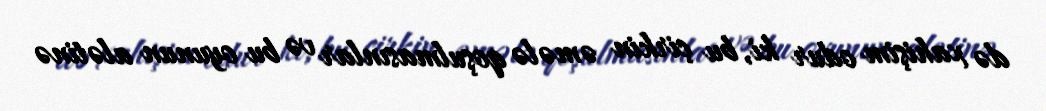
də xahişim odur ki, bu çirkin əmələ qoşulmasınlar və bu oyunun alətinə